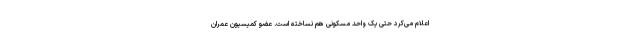
اعلام می‌کرد حتی یک واحد مسکونی هم نساخته‌ است. عضو کمیسیون عمران